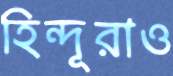
হিন্দূরাও